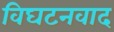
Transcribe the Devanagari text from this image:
विघटनवाद